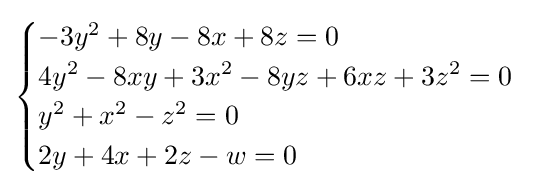
{\begin{cases}-3y^{2}+8y-8x+8z=0\\4y^{2}-8xy+3x^{2}-8yz+6xz+3z^{2}=0\\y^{2}+x^{2}-z^{2}=0\\2y+4x+2z-w=0\end{cases}}